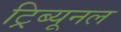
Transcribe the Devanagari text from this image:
ट्रिब्‍यूनल